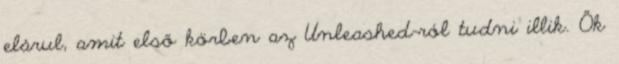
elárul, amit első körben az Unleashed-ról tudni illik. Ők